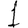
Digit: 1